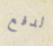
لدفع